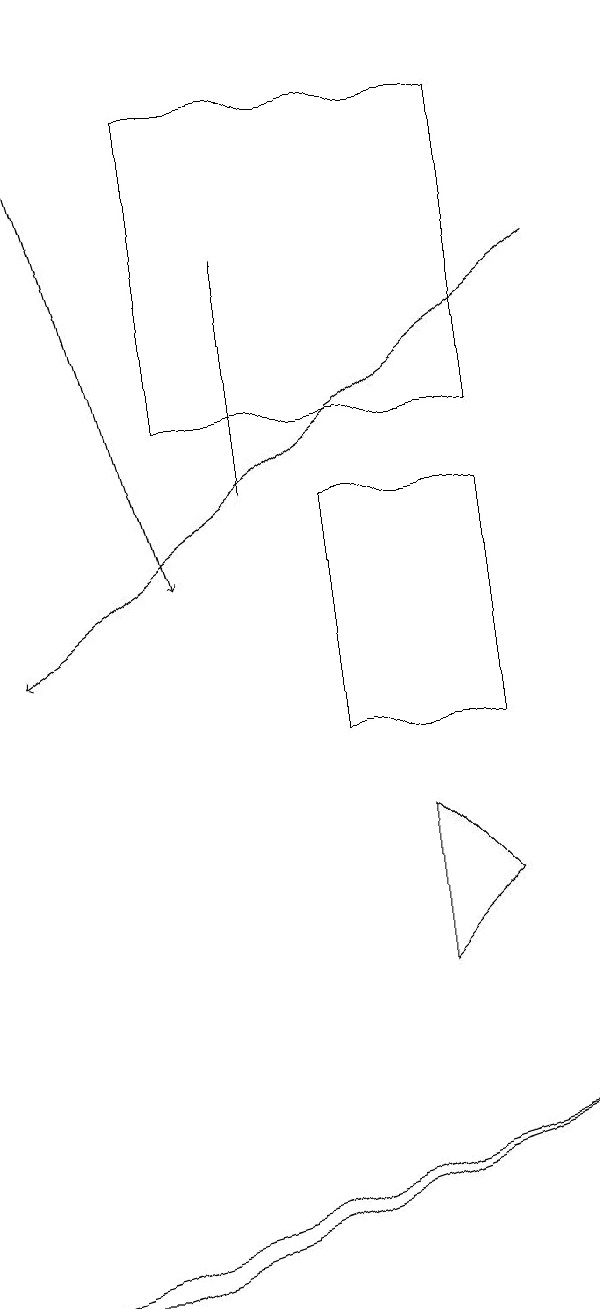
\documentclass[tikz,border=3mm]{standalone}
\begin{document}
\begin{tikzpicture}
\draw[->] (1,19) -- (3,12);
\draw (4,13) rectangle (4,16);
\draw (7,14) rectangle (3,18);
\draw[->] (8,16) -- (1,11);
\draw (2,3) -- (1,3) -- (8,5) -- cycle;
\draw (5,10) rectangle (7,13);
\draw (7,8) -- (6,7) -- (6,9) -- cycle;
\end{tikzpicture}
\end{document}